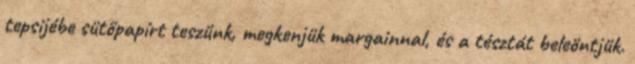
tepsijébe sütőpapírt teszünk, megkenjük margainnal, és a tésztát beleöntjük.